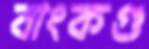
বাংকগু